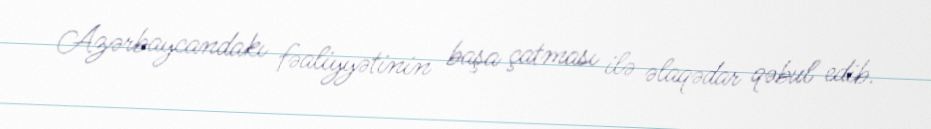
Azərbaycandakı fəaliyyətinin başa çatması ilə əlaqədar qəbul edib.